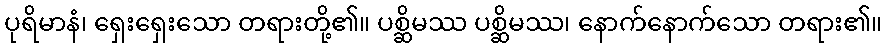
ပုရိမာနံ၊ ရှေးရှေးသော တရားတို့၏။ ပစ္ဆိမဿ ပစ္ဆိမဿ၊ နောက်နောက်သော တရား၏။